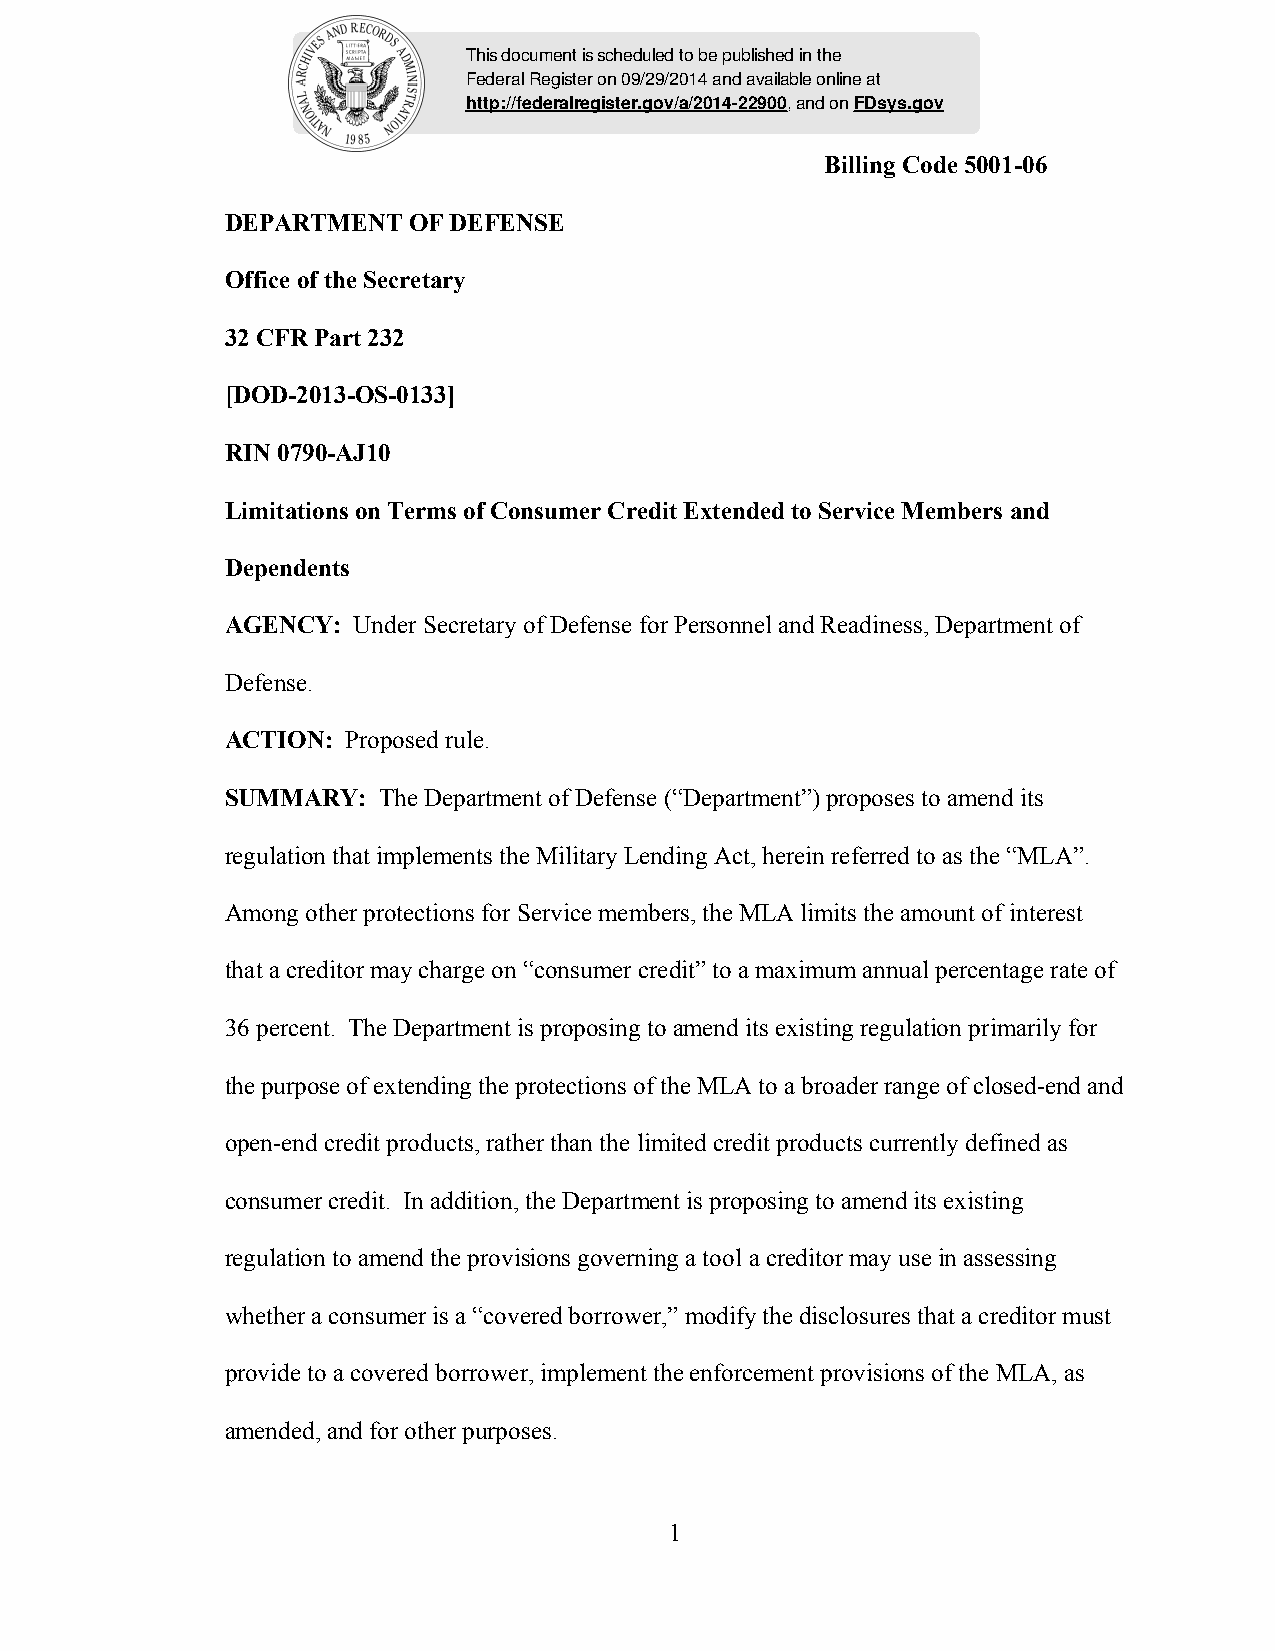
This document is scheduled to be published in the
 Federal Register on 09/29/2014 and available online at
 http://federalregister.gov/a/2014-22900, and on FDsys.gov
 Billing Code 5001-06
 DEPARTMENT  OF DEFENSE
 Office of the Secretary
 32 CFR Part 232
 [DOD-2013-OS-0133]
 RIN 0790-AJ10
 Limitations on Terms of Consumer Credit Extended to Service Members and
 Dependents
 AGENCY: Under Secretary of Defense for Personnel and Readiness, Department of
 Defense.
 ACTION: Proposed rule.
 SUMMARY:  The Department of Defense (“Department”) proposes to amend its
 regulation that implements the Military Lending Act, herein referred to as the “MLA”.
 Among other protections for Service members, the MLA limits the amount of interest
 that a creditor may charge on “consumer credit” to a maximum annual percentage rate of
 36 percent. The Department is proposing to amend its existing regulation primarily for
 the purpose of extending the protections of the MLA to a broader range of closed-end and
 open-end credit products, rather than the limited credit products currently defined as
 consumer credit. In addition, the Department is proposing to amend its existing
 regulation to amend the provisions governing a tool a creditor may use in assessing
 whether a consumer is a “covered borrower,” modify the disclosures that a creditor must
 provide to a covered borrower, implement the enforcement provisions of the MLA, as
 amended, and for other purposes.
 1